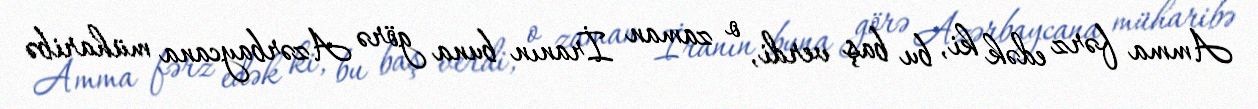
Amma fərz edək ki, bu baş verdi, o zaman İranın buna görə Azərbaycana müharibə